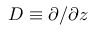
D \equiv \partial / \partial z